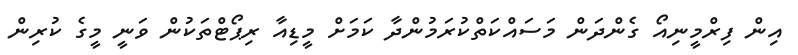
އިން ފިރްމީނިއޯ ގެންދަން މަސައްކަތްކުރަމުންދާ ކަމަށް މީޑިއާ ރިޕޯޓްތަކުން ވަނީ މީގެ ކުރިން